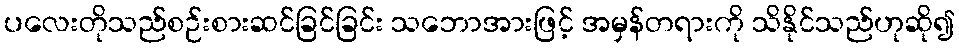
ပလေးတိုသည်စဉ်းစားဆင်ခြင်ခြင်း သဘောအားဖြင့် အမှန်တရားကို သိနိုင်သည်ဟုဆို၍